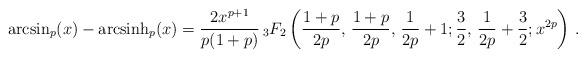
LaTeX: \begin{align*} \arcsin_p(x) - {\rm arcsinh}_p(x) = \frac{2x^{p+1}}{p(1+p)}\, {}_3F_2\left(\frac{1+p}{2p},\,\frac{1+p}{2p},\,\frac1{2p}+1; \frac32,\,\frac1{2p}+\frac32; x^{2p} \right)\, . \end{align*}